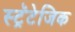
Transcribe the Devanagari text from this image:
स्ट्रॅटेजिक